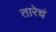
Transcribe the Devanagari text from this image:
तारेचं